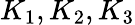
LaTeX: K_{1},K_{2},K_{3}